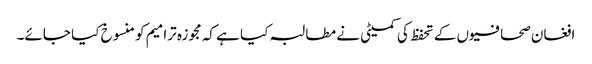
افغان صحافیوں کے تحفظ کی کمیٹی نے مطالبہ کیا ہے کہ مجوزہ ترامیم کو منسوخ کیا جائے۔